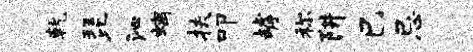
乾琵沁螭扶叩罅称阱巳忌